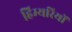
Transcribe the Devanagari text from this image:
हिम्यरियों